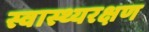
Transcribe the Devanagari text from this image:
स्वास्थ्यरक्षण